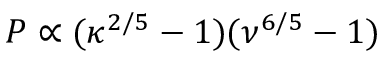
P \propto ( \kappa ^ { 2 / 5 } - 1 ) ( \nu ^ { 6 / 5 } - 1 )